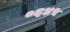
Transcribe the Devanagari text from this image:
०६४५